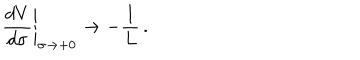
\left. \frac { d V } { d \sigma } \right| _ { \sigma \rightarrow + 0 } \rightarrow - \frac { 1 } { L } \, .